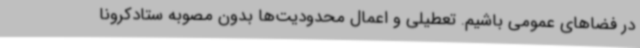
در فضاهای عمومی باشیم. تعطیلی و اعمال محدودیت‌ها بدون مصوبه ستادکرونا